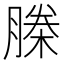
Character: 榺